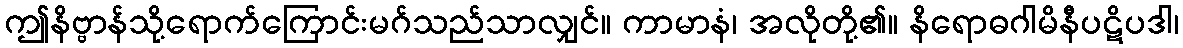
ဤနိဗ္ဗာန်သို့ရောက်ကြောင်းမဂ်သည်သာလျှင်။ ကာမာနံ၊ အလိုတို့၏။ နိရောဓဂါမိနီပဋိပဒါ၊